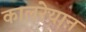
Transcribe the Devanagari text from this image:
कालरेयान